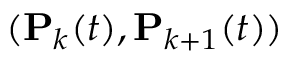
( \mathbf { P } _ { k } ( t ) , \mathbf { P } _ { k + 1 } ( t ) )